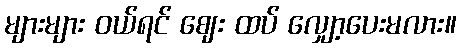
များများ ဝယ်ရင် ဈေး ထပ် လျှော့ပေးမလား။